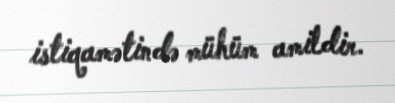
istiqamətində mühüm amildir.